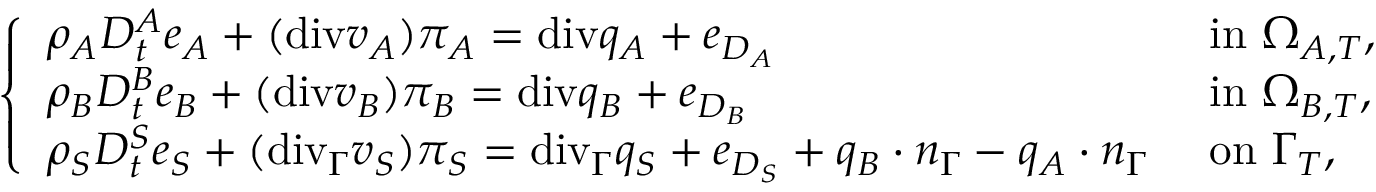
\left\{ \begin{array} { l l } { \rho _ { A } D _ { t } ^ { A } e _ { A } + ( \mathrm { { d i v } } v _ { A } ) \pi _ { A } = { \mathrm { d i v } } q _ { A } + e _ { D _ { A } } } & { \mathrm { ~ i n ~ } \Omega _ { A , T } , } \\ { \rho _ { B } D _ { t } ^ { B } e _ { B } + ( \mathrm { { d i v } } v _ { B } ) \pi _ { B } = { \mathrm { d i v } } q _ { B } + e _ { D _ { B } } } & { \mathrm { ~ i n ~ } \Omega _ { B , T } , } \\ { \rho _ { S } D _ { t } ^ { S } e _ { S } + ( \mathrm { { d i v } } _ { \Gamma } v _ { S } ) \pi _ { S } = { \mathrm { d i v } } _ { \Gamma } q _ { S } + e _ { D _ { S } } + q _ { B } \cdot n _ { \Gamma } - q _ { A } \cdot n _ { \Gamma } } & { \mathrm { ~ o n ~ } \Gamma _ { T } , } \end{array} \right.